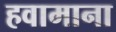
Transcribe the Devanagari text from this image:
हवामाना